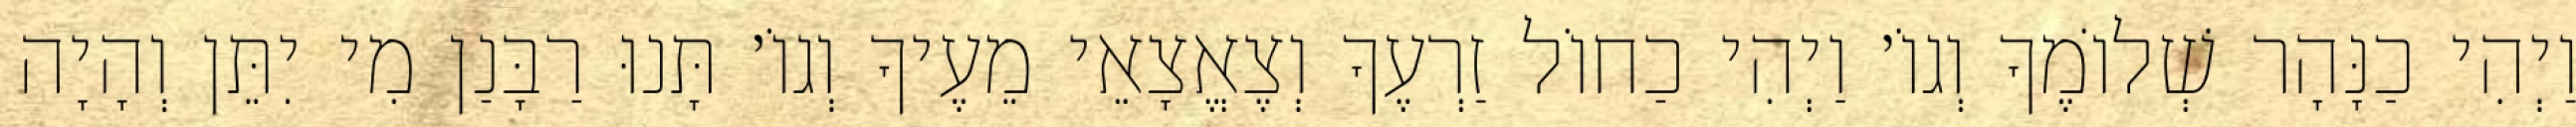
וַיְהִי כַנָּהָר שְׁלוֹמֶךָ וְגוֹ׳ וַיְהִי כַחוֹל זַרְעֶךָ וְצֶאֱצָאֵי מֵעֶיךָ וְגוֹ׳ תָּנוּ רַבָּנַן מִי יִתֵּן וְהָיָה